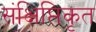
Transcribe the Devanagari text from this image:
संक्षिप्तिकृत